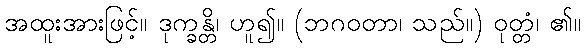
အထူးအားဖြင့်။ ဒုက္ခန္တိ၊ ဟူ၍။ (ဘဂဝတာ၊ သည်။) ဝုတ္တံ၊ ၏။